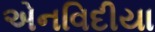
એનવિદીયા